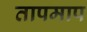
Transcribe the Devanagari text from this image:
तापमाप